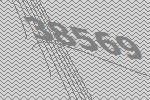
38569